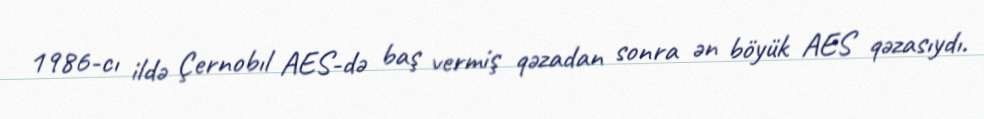
1986-cı ildə Çernobıl AES-də baş vermiş qəzadan sonra ən böyük AES qəzasıydı.